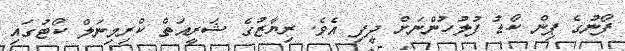
ފޯނުގެ ޕިން ކޯޑު ފުލުހުންނަށް ދީފި އެވެ. ރިޔާޒުގެ ޝަރީއަތް ކްރިމިނަލް ކޯޓުގައި